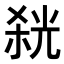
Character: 𭪬